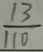
\frac { 1 3 } { 1 1 0 }